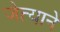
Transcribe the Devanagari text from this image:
जेत्याने